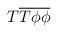
LaTeX: \begin{align*}T\overline{T}\overline{\phi }\overline{\phi }\protect\end{align*}